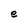
Character: e